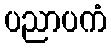
ပညာပကံ